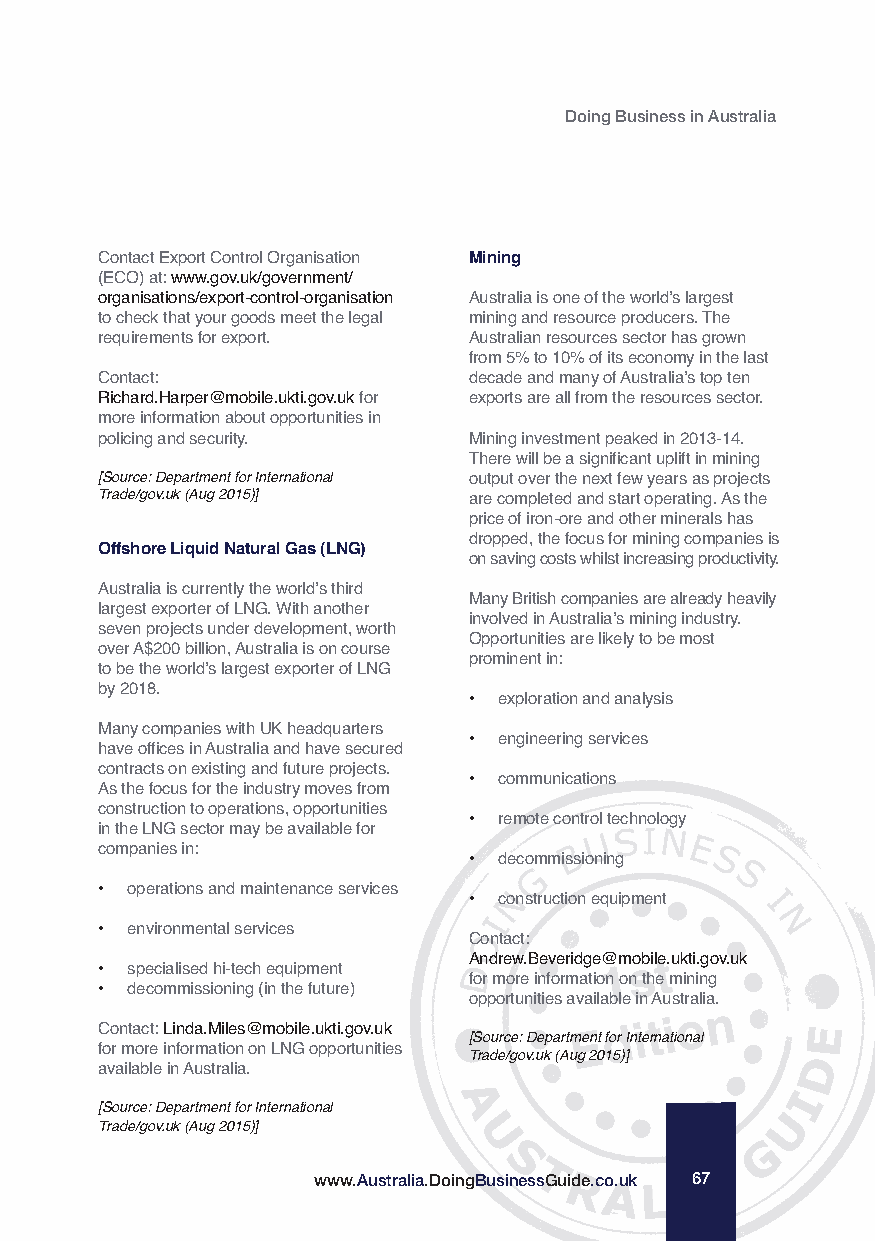
Doing Business in Australia
 Contact Export Control Organisation Mining
 (ECO) at: www.gov.uk/government/
 organisations/export-control-organisation Australia is one of the world’s largest
 to check that your goods meet the legal mining and resource producers. The
 requirements for export. Australian resources sector has grown
 from 5% to 10% of its economy in the last
 Contact:                 decade and many of Australia’s top ten
 Richard.Harper@mobile.ukti.gov.ukfor exports are all from the resources sector.
 more information about opportunities in
 policing and security.   Mining investment peaked in 2013-14.
 There will be a significant uplift in mining
 [Source: Department for International output over the next few years as projects
 Trade/gov.uk (Aug 2015)] are completed and start operating. As the
 price of iron-ore and other minerals has
 dropped, the focus for mining companies is
 Offshore Liquid Natural Gas (LNG)
 on saving costs whilst increasing productivity.
 Australia is currently the world’s third
 Many British companies are already heavily
 largest exporter of LNG. With another
 involved in Australia’s mining industry.
 seven projects under development, worth
 Opportunities are likely to be most
 over A$200 billion, Australia is on course
 prominent in:
 to be the world’s largest exporter of LNG
 by 2018.
 • exploration and analysis
 Many companies with UK headquarters
 • engineering services
 have offices in Australia and have secured
 contracts on existing and future projects.
 • communications
 As the focus for the industry moves from
 construction to operations, opportunities
 • remote control technology
 in the LNG sector may be available for
 companies in:
 • decommissioning
 • operations and maintenance services
 • construction equipment
 • environmental services
 Contact:
 Andrew.Beveridge@mobile.ukti.gov.uk
 • specialised hi-tech equipment
 for more information on the mining
 • decommissioning (in the future)
 opportunities available in Australia.
 Contact: Linda.Miles@mobile.ukti.gov.uk
 [Source: Department for International
 for more information on LNG opportunities Trade/gov.uk (Aug 2015)]
 available in Australia.
 [Source: Department for International
 Trade/gov.uk (Aug 2015)]
 www.Australia.DoingBusinessGuide.co.uk 67